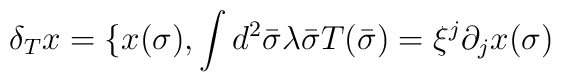
\delta_Tx=\{x(\sigma),\int{}d^2\bar{\sigma}\lambda\bar{\sigma}T(\bar{\sigma})=\xi^j\partial_jx(\sigma)